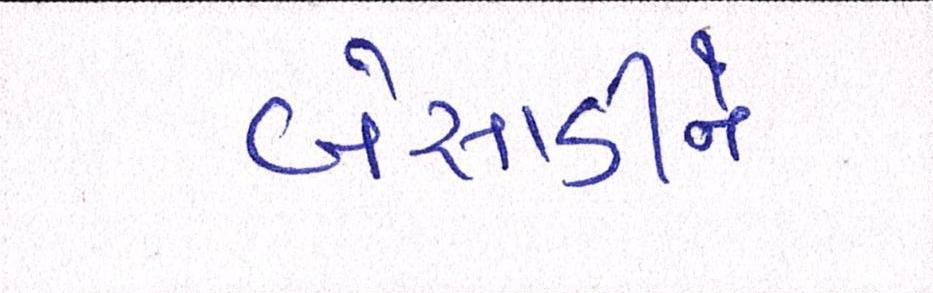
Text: બેસાડીને